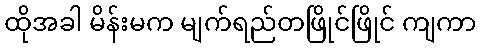
ထိုအခါ မိန်းမက မျက်ရည်တဖြိုင်ဖြိုင် ကျကာ